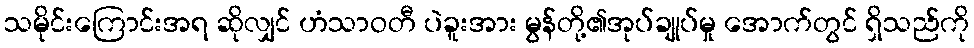
သမိုင်းကြောင်းအရ ဆိုလျှင် ဟံသာဝတီ ပဲခူးအား မွန်တို့၏အုပ်ချုပ်မှု အောက်တွင် ရှိသည်ကို